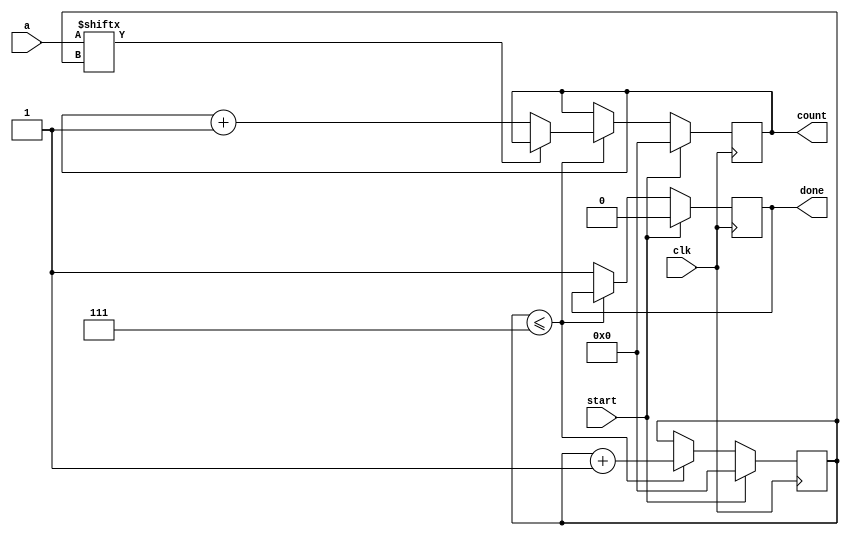
`timescale 1ns / 1ps
//////////////////////////////////////////////////////////////////////////////////
// Company: 
// Engineer: 
// 
// Design Name: 
// Module Name:    cuentaCeros 
// Project Name: 
// Target Devices: 
// Tool versions: 
// Description: 
//
// Dependencies: 
//
// Revision: 
// Revision 0.01 - File Created
// Additional Comments: 
//
//////////////////////////////////////////////////////////////////////////////////
module cuentaCeros(
		input [7:0] a,
		input clk,
		input start,
		output [3:0] count,
		output done
    );

	reg [3:0] count_reg, count_next;
	reg [3:0] indice_reg;
	reg [3:0] indice_next;
	reg done_reg, done_next;
	
	always @(posedge clk)
		begin
			if (start)
				begin
					count_reg<=4'b0;
					indice_reg<=0;
					done_reg <= 1'b0;
				end
			else
				begin
					count_reg<=count_next;
					indice_reg<=indice_next;
					done_reg <= done_next;
				end
		end

	always @ *
		begin
			done_next = done_reg;
			count_next = count_reg;
			indice_next = indice_reg;
			if (indice_reg <= 7)
				begin
					if (a[indice_reg]==0)
						count_next=count_reg + 1 ;
					else
						count_next=count_reg;
				indice_next = indice_reg + 1;
				end
			else
				done_next = 1'b1;
		end
	assign count=count_reg;
	assign done = done_reg;

endmodule